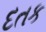
દતક